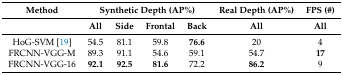
<table><thead><tr><td><b>Method</b></td><td colspan="4"><b>Synthetic Depth (AP%)</b></td><td><b>Real Depth (AP%)</b></td><td><b>FPS (#)</b></td></tr></thead><tbody><tr><td></td><td><b>All</b></td><td><b>Side</b></td><td><b>Frontal</b></td><td><b>Back</b></td><td><b>All</b></td><td><b>All</b></td></tr><tr><td>HoG-SVM [19]</td><td>54.5</td><td>81.1</td><td>59.8</td><td><b>76.6</b></td><td>20</td><td>4</td></tr><tr><td>FRCNN-VGG-M</td><td>89.3</td><td>91.1</td><td>54.6</td><td>59.1</td><td>54.7</td><td><b>17</b></td></tr><tr><td>FRCNN-VGG-16</td><td><b>92.1</b></td><td><b>92.5</b></td><td><b>81.6</b></td><td>72.2</td><td><b>86.2</b></td><td>9</td></tr></tbody></table>